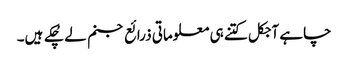
چاہے آجکل کتنے ہی معلوماتی ذرائع جنم لے چُکے ہیں۔